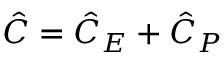
\hat { C } = \hat { C } _ { E } + \hat { C } _ { P }